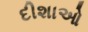
દીશાઓ